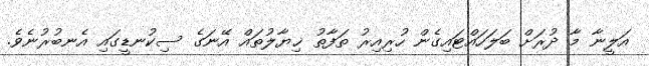
އަލީނާ މާ ދުރަށް ބަލަހައްޓައިގެން ހުރިއިރު ތަފާތު ޚިޔާލުތައް އޭނަގެ ސިކުނޑީގައި އެނބުރުނެވެ.